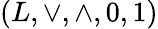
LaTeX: (L,\vee,\wedge,0,1)